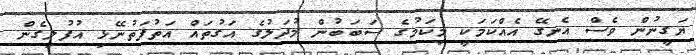
ޔަގީނުން ވެސް އެނގޭ އެއްކަމަކީ މިކަމުގެ ސަބަބުން މުދަލުގެ އަގުތައް އަތުފަތުނޭޅި އުފުލިގެން